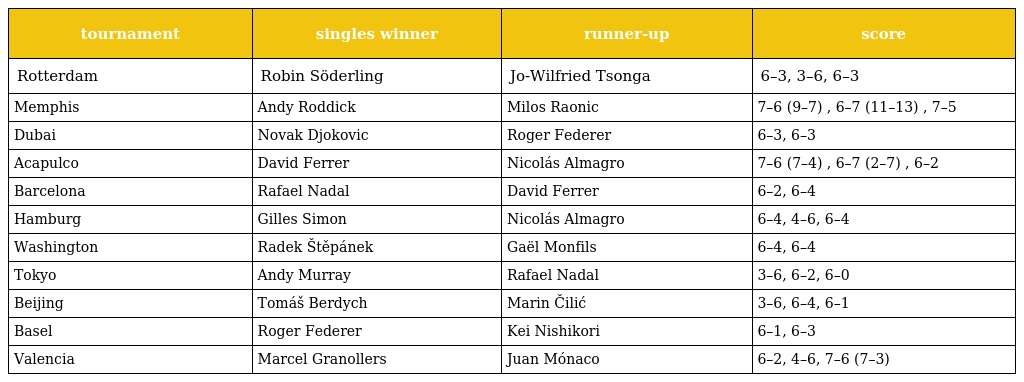
| tournament | singles winner | runner-up | score |
 | --- | --- | --- | --- |
 | Rotterdam | Robin Söderling | Jo-Wilfried Tsonga | 6–3, 3–6, 6–3 |
 | Memphis | Andy Roddick | Milos Raonic | 7–6 (9–7) , 6–7 (11–13) , 7–5 |
 | Dubai | Novak Djokovic | Roger Federer | 6–3, 6–3 |
 | Acapulco | David Ferrer | Nicolás Almagro | 7–6 (7–4) , 6–7 (2–7) , 6–2 |
 | Barcelona | Rafael Nadal | David Ferrer | 6–2, 6–4 |
 | Hamburg | Gilles Simon | Nicolás Almagro | 6–4, 4–6, 6–4 |
 | Washington | Radek Štěpánek | Gaël Monfils | 6–4, 6–4 |
 | Tokyo | Andy Murray | Rafael Nadal | 3–6, 6–2, 6–0 |
 | Beijing | Tomáš Berdych | Marin Čilić | 3–6, 6–4, 6–1 |
 | Basel | Roger Federer | Kei Nishikori | 6–1, 6–3 |
 | Valencia | Marcel Granollers | Juan Mónaco | 6–2, 4–6, 7–6 (7–3) |